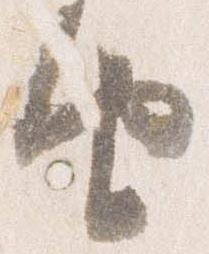
由